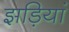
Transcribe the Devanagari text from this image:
झड़ियां